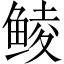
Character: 鲮